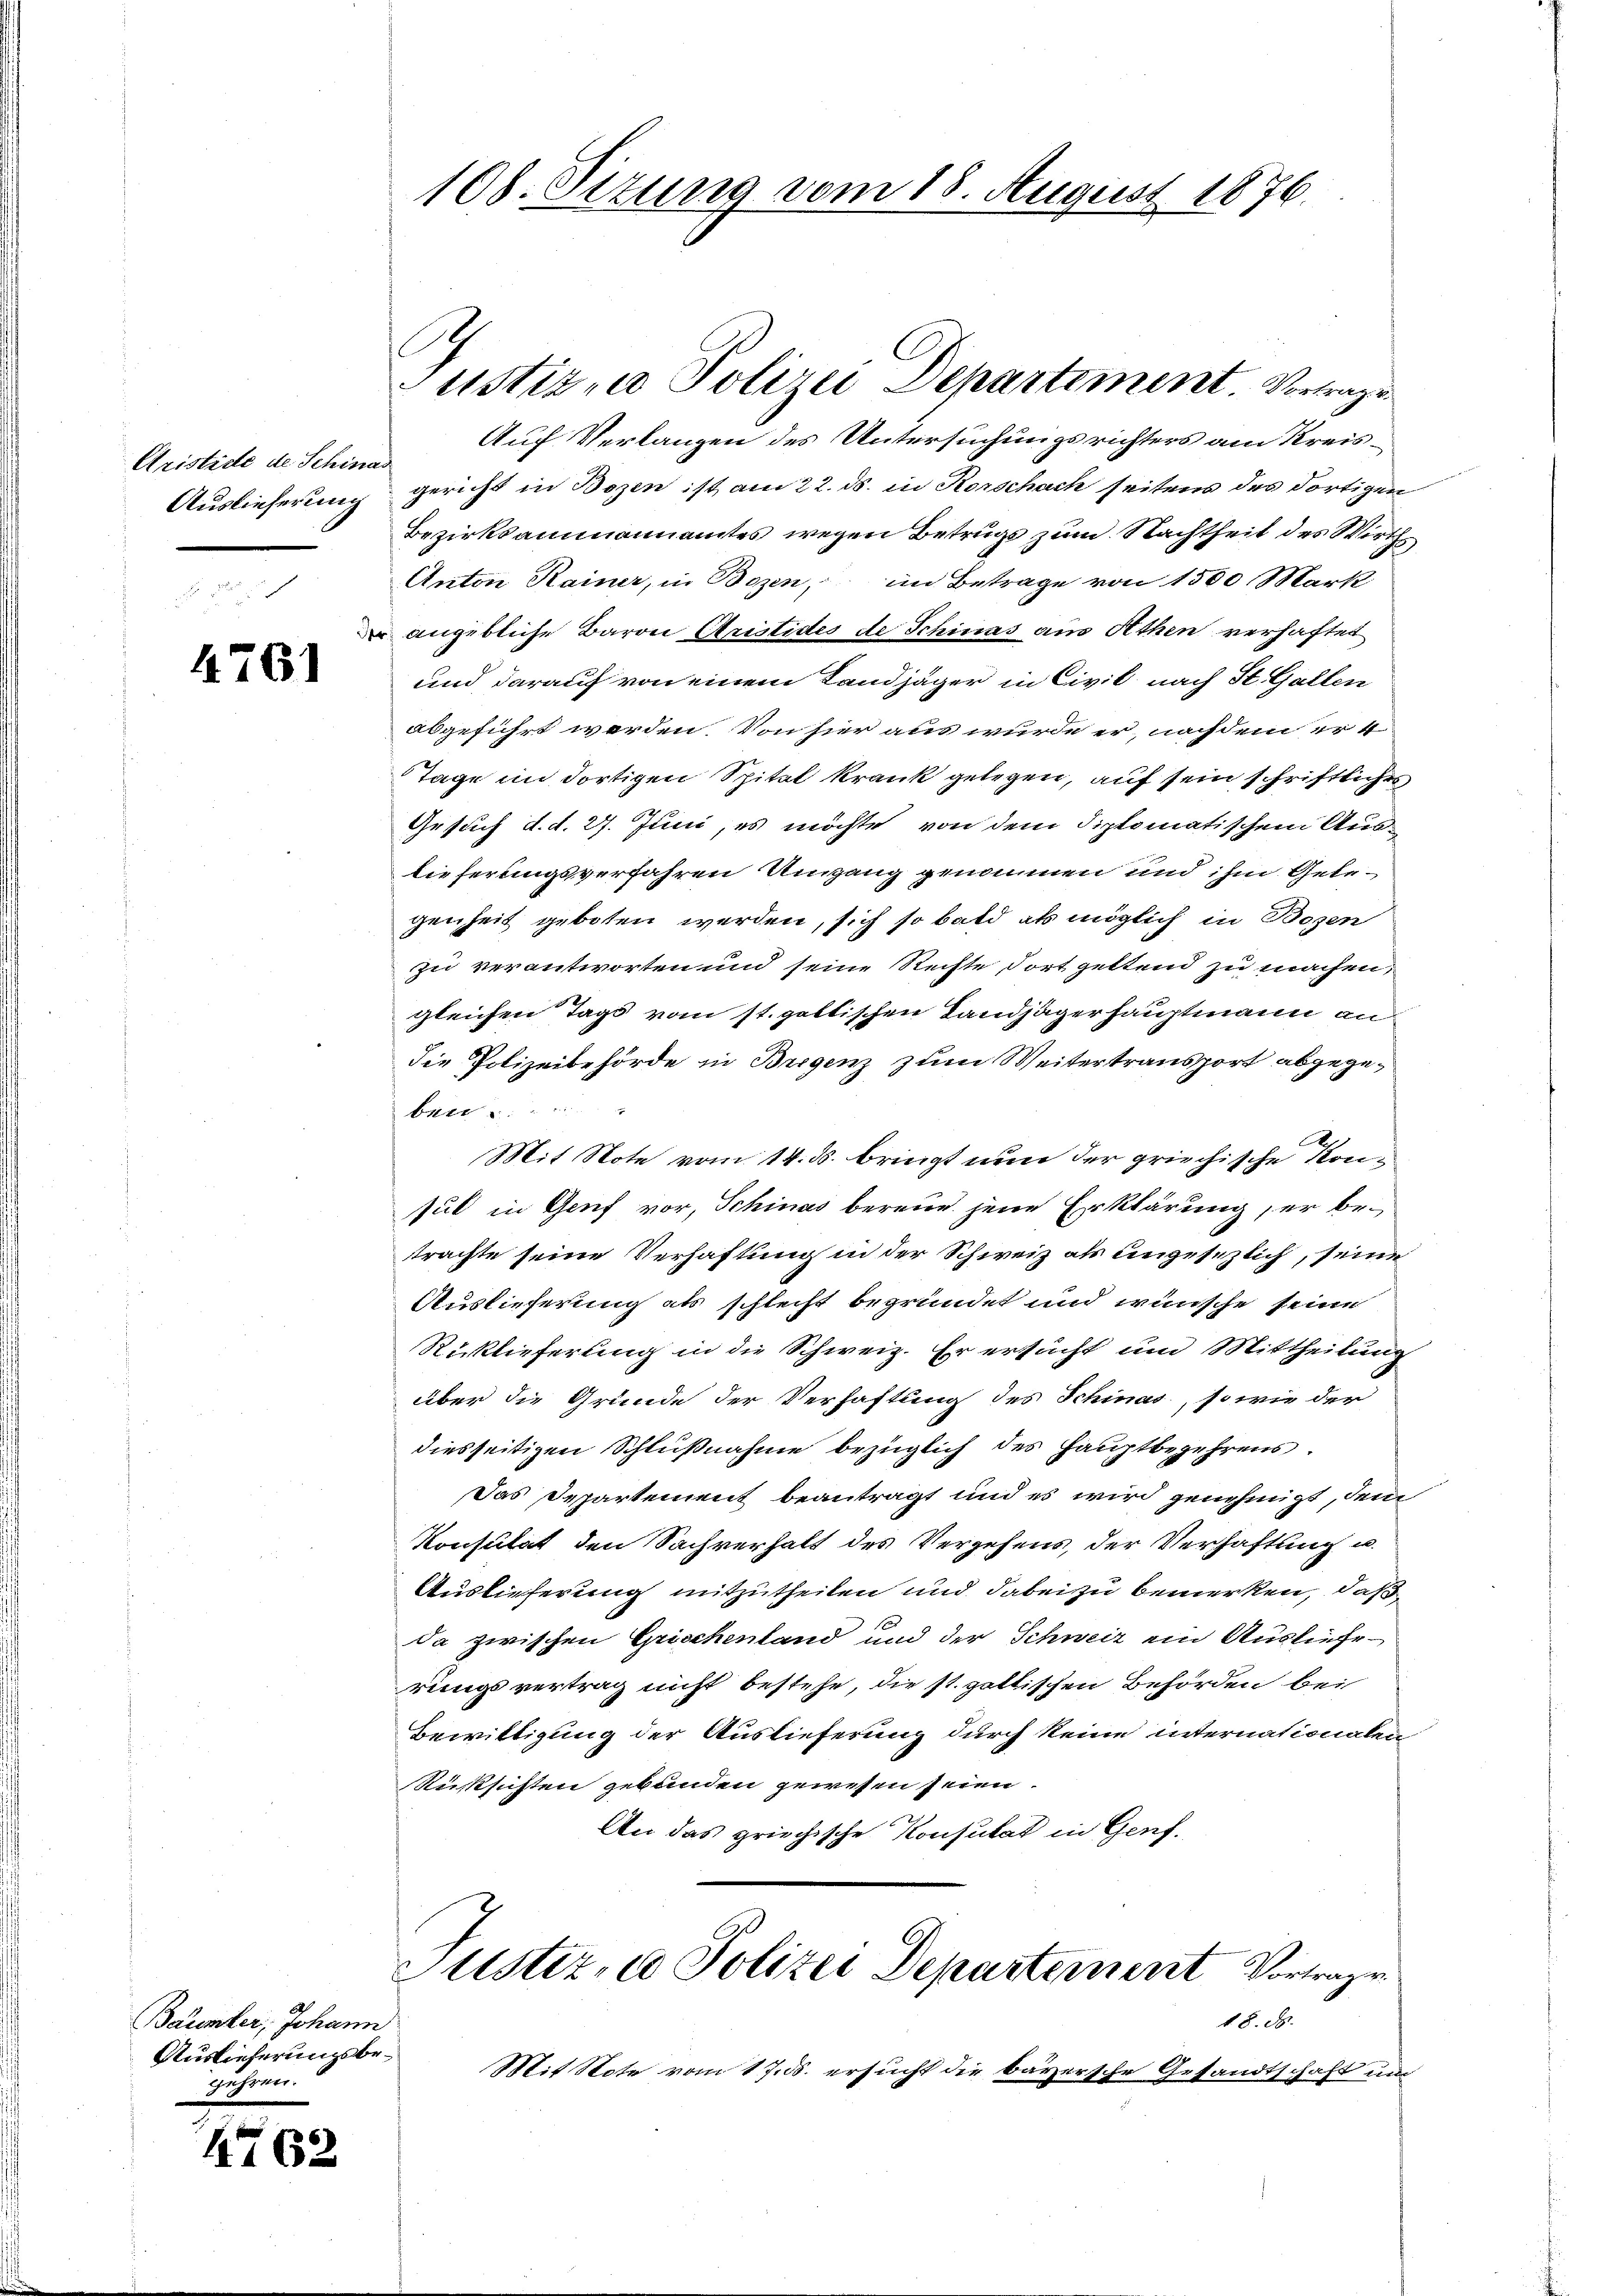
Aristice de Schim
Auslieferung

4761

e

Baunter, Johann
Auslieferungsbegesinn

4762

108. Sizung vom 18. August 1876.

Justiz- u Polizei Departement Vertrage
Auf Verlangen des Untersuchungsrichters am Kreisgericht in Bozen ist am 22. ds. in Rorschach seitens des dortigen
Bezirksammannamtes wegen Betrugs zum Nachtheit des Wirths
Anton Kainer, in Bozen, im Betrage von 1500 Mark
angebliche Baron Aristides de Schinas aus Athen verhaftet
und darauf von einem Landjäger in Civil, nach St. Gallen
abgeführt werden. Von hier aus wurde er, nachdem er 4
Tage im dortigen Spital krank gelegen, auf sein schriftliches
Gesuch d. d. 27. Juni, es möchte von dem Siptomatischem Auslieferungsverfahren Umgang genommen und ihm Gelegenheit geboten werden, sich so bald als möglich in Bozen
zu verantworten und seine Rechte fort geltend zu machen,
gleichen Tags vom st. galtischen Landjägerhauptmann an
die Polizeibehörde in Brigenz zum Weitertransport abgegebett . . . . .
Mit Note vom 14. ds. bringt nun der griechische Konsul in Genf vor, Schinas bereue jene Erklärung, er betrachte seine Verhaftung in der Schweiz als ungesezlich, seine
Auslieferung als schlecht begründet und wünsche seine
Rücklieferung in die Schweiz. Er ersucht um Mittheilung
über die Gründe der Verhaftung des Schinas, so wie der
diesseitigen Schlußnahme bezüglich des Hauptbegehrens.
Das Departement beantragt und es wird genehmigt, dem
Konsultat den Sachverhalt des Vergehens, der Verhaftung u.
Auslieferung mitzutheilen und dabei zu bemerken, daß
da zwischen Grischenland und der Schweiz ein Auslieferungsvertrag nicht bestehe, die st. gattischen Behörden bei
Bewilligung der Auslieferung durch keine internationalen
Rücksichten gebunden gewesen seien.
An das griechische Konsulat in Genf.
Justiz- & Polizei Departement Vortrage
18. ds.
Mit Note vom 17. ds. ersucht die bayersche Gesandtschaft um